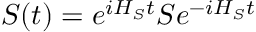
S ( t ) = { { e } ^ { i { { H } _ { S } } t } } S { { e } ^ { - i { { H } _ { S } } t } }